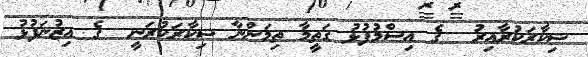
ޝިކާރަކުރާއިރު  ގެ އިސްމުފުޅު ގަތީމާ ތިމަންނާ ޝިކާރަކުރަނީ  ގެ އިޒުނަފުޅު